Indian Civil Veterinary Department memoirs
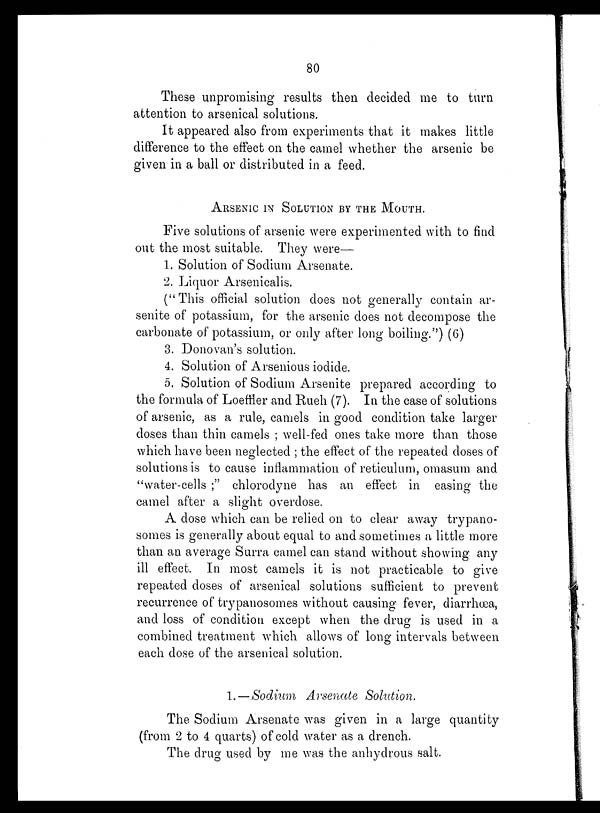
80
These unpromising results then decided me to turn
attention to arsenical solutions.
It appeared also from experiments that it makes little
difference to the effect on the camel whether the arsenic be
given in a ball or distributed in a feed.
ARSENIC IN SOLUTION BY THE MOUTH.
Five solutions of arsenic were experimented with to find
out the most suitable. They were—
1. Solution of Sodium Arsenate.
2. Liquor Arsenicalis.
("This official solution does not generally contain ar-
senite of potassium, for the arsenic does not decompose the
carbonate of potassium, or only after long boiling.") (6)
3. Donovan's solution.
4. Solution of Arsenious iodide.
5. Solution of Sodium Arsenite prepared according to
the formula of Loeffler and Rueh (7). In the case of solutions
of arsenic, as a rule, camels in good condition take larger
doses than thin camels; well-fed ones take more than those
which have been neglected; the effect of the repeated doses of
solutions is to cause inflammation of reticulum, omasum and
"water-cells;" chlorodyne has an effect in easing the
camel after a slight overdose.
A dose which can be relied on to clear away trypano-
somes is generally about equal to and sometimes a little more
than an average Surra camel can stand without showing any
ill effect. In most camels it is not practicable to give
repeated doses of arsenical solutions sufficient to prevent
recurrence of trypanosomes without causing fever, diarrhœa,
and loss of condition except when the drug is used in a
combined treatment which allows of long intervals between
each dose of the arsenical solution.
1.—Sodium Arsenate Solution.
The Sodium Arsenate was given in a large quantity
(from 2 to 4 quarts) of cold water as a drench.
The drug used by me was the anhydrous salt.